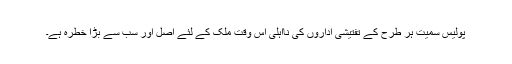
پولیس سمیت ہر طرح کے تفتیشی اداروں کی نااہلی اس وقت ملک کے لئے اصل اور سب سے بڑا خطرہ ہے۔